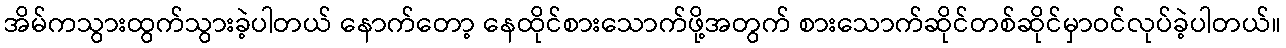
အိမ်ကသွားထွက်သွားခဲ့ပါတယ် နောက်တော့ နေထိုင်စားသောက်ဖို့အတွက် စားသောက်ဆိုင်တစ်ဆိုင်မှာဝင်လုပ်ခဲ့ပါတယ်။